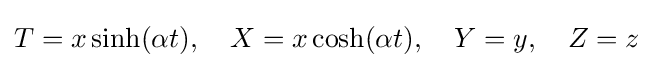
T=x\sinh(\alpha t),\quad X=x\cosh(\alpha t),\quad Y=y,\quad Z=z